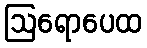
ဩရောပေထ